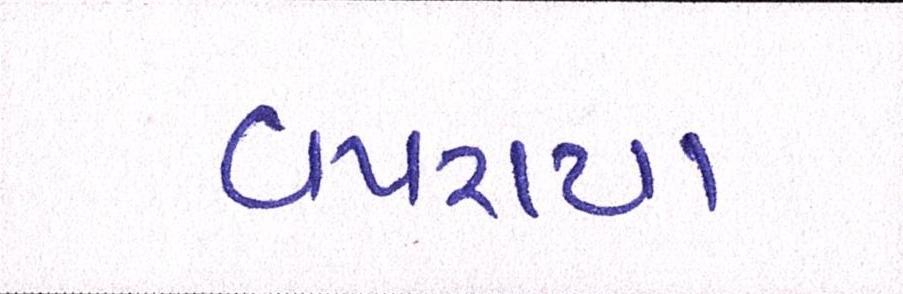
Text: વપરાયા